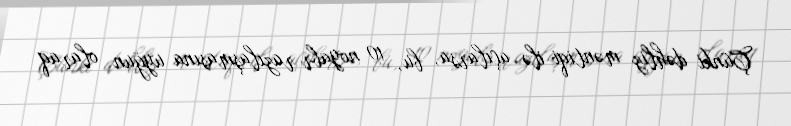
Çünki dəhliz məntiqi ilə açılarsa, bu, 10 noyabr razılaşmasına uyğun olaraq